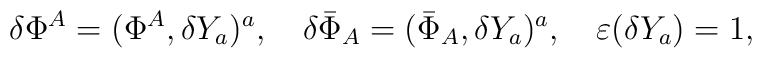
\delta\Phi^A=(\Phi^A,\delta Y_a)^a,\quad \delta\bar{\Phi}_A=(\bar{\Phi}_A,\delta Y_a)^a,\quad\varepsilon(\delta Y_a)=1,